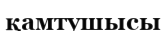
қамтушысы